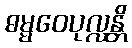
ဓမ္မဝေပုလ္လန္တိ